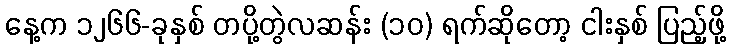
နေ့က ၁၂၆၆-ခုနှစ် တပို့တွဲလဆန်း (၁၀) ရက်ဆိုတော့ ငါးနှစ် ပြည့်ဖို့